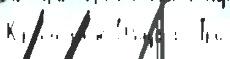
Кр'епостны́е О́бщаjа  Тр'и